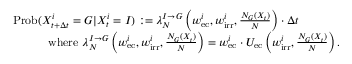
\begin{array} { r l } & { \mathrm { P r o b } ( X _ { t + \Delta t } ^ { i } = G | X _ { t } ^ { i } = I ) : = \lambda _ { N } ^ { I \rightarrow G } \left( w _ { \mathrm { e c } } ^ { i } , w _ { \mathrm { i r r } } ^ { i } , \frac { N _ { G } ( X _ { t } ) } { N } \right) \cdot \Delta t } \\ & { \quad \quad \quad \mathrm { w h e r e } \, \, \lambda _ { N } ^ { I \rightarrow G } \left( w _ { \mathrm { e c } } ^ { i } , w _ { \mathrm { i r r } } ^ { i } , \frac { N _ { G } ( X _ { t } ) } { N } \right) = w _ { \mathrm { e c } } ^ { i } \cdot U _ { \mathrm { e c } } \left( w _ { \mathrm { i r r } } ^ { i } , \frac { N _ { G } ( X _ { t } ) } { N } \right) . } \end{array}